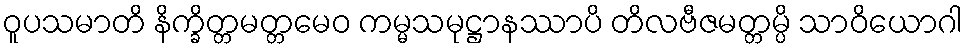
ဝူပသမာတိ နိက္ခိတ္တမတ္တမေဝ ကမ္မသမုဋ္ဌာနဿာပိ တိလဗီဇမတ္တမ္ပိ သာဝိယောဂါ